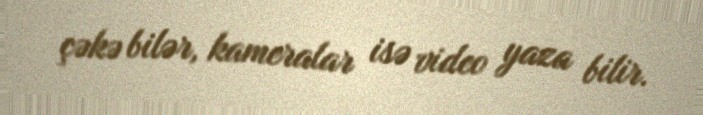
çəkə bilər, kameralar isə video yaza bilir.